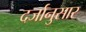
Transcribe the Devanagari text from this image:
दर्जानुसार